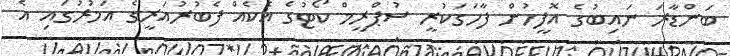
ބަންޑާރަ ނައިބުގެ އޮފީހުން ފާހަގަކުރީ ސުޕްރީމް ކޯޓުގެ އެކެއް ފެބުރުއަރީގެ އަމުރުގައި އެ